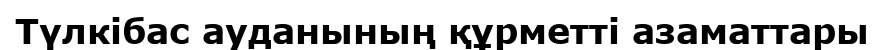
Түлкібас ауданының құрметті азаматтары